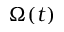
\Omega ( t )